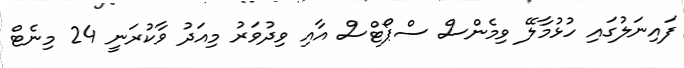
ފައިނަލުގައި ހުޅުމާލޭ ވިމެންސް ސްޕޯޓްސް އާއި ވިދުވަރު މިއަދު ވާކުރަނީ 24 މިނެޓް